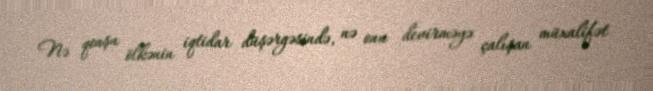
Nə qonşu ölkənin iqtidar düşərgəsində, nə onu devirməyə çalışan müxalifət